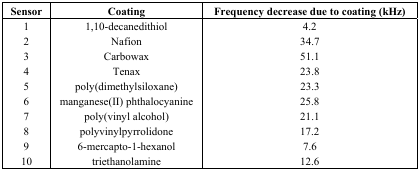
<table><thead><tr><td><b>Sensor</b></td><td><b>Coating</b></td><td><b>Frequency decrease due to coating (kHz)</b></td></tr></thead><tbody><tr><td>1</td><td>1,10-decanedithiol</td><td>4.2</td></tr><tr><td>2</td><td>Nafion</td><td>34.7</td></tr><tr><td>3</td><td>Carbowax</td><td>51.1</td></tr><tr><td>4</td><td>Tenax</td><td>23.8</td></tr><tr><td>5</td><td>poly(dimethylsiloxane)</td><td>23.3</td></tr><tr><td>6</td><td>manganese(II) phthalocyanine</td><td>25.8</td></tr><tr><td>7</td><td>poly(vinyl alcohol)</td><td>21.1</td></tr><tr><td>8</td><td>polyvinylpyrrolidone</td><td>17.2</td></tr><tr><td>9</td><td>6-mercapto-1-hexanol</td><td>7.6</td></tr><tr><td>10</td><td>triethanolamine</td><td>12.6</td></tr></tbody></table>